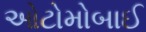
ઓટોમોબાઈ